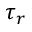
\tau _ { r }